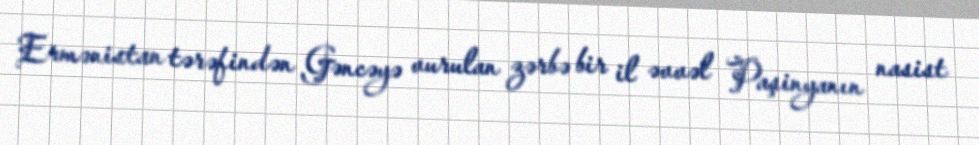
Ermənistan tərəfindən Gəncəyə vurulan zərbə bir il əvvəl Paşinyanın nasist